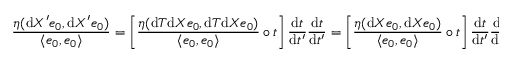
\frac { \eta ( \mathrm d X ^ { \prime } e _ { 0 } , \mathrm d X ^ { \prime } e _ { 0 } ) } { \langle e _ { 0 } , e _ { 0 } \rangle } = \left[ \frac { \eta ( \mathrm { d } T \mathrm { d } X e _ { 0 } , \mathrm { d } T \mathrm { d } X e _ { 0 } ) } { \langle e _ { 0 } , e _ { 0 } \rangle } \circ t \right] \frac { \mathrm { d } t } { \mathrm { d } t ^ { \prime } } \frac { \mathrm { d } t } { \mathrm { d } t ^ { \prime } } = \left[ \frac { \eta ( \mathrm { d } X e _ { 0 } , \mathrm { d } X e _ { 0 } ) } { \langle e _ { 0 } , e _ { 0 } \rangle } \circ t \right] \frac { \mathrm { d } t } { \mathrm { d } t ^ { \prime } } \frac { \mathrm { d } t } { \mathrm { d } t ^ { \prime } } > 0 .